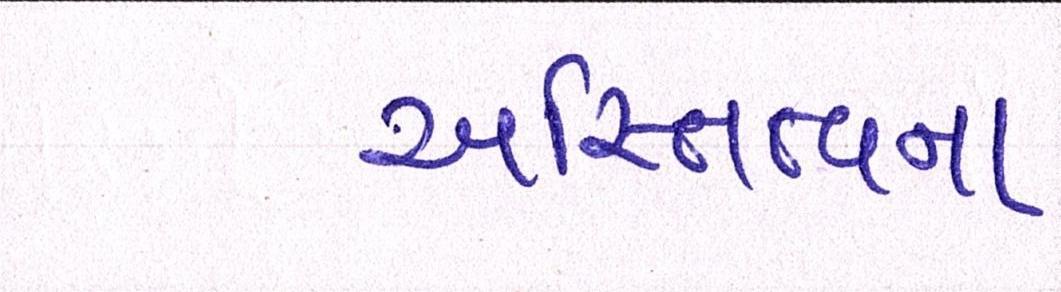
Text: અસ્તિત્વના